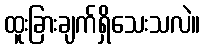
ထူးခြားချက်ရှိသေးသလဲ။